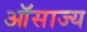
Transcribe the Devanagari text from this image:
ऑसाज्य